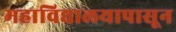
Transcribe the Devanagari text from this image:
महाविद्यालयापासून